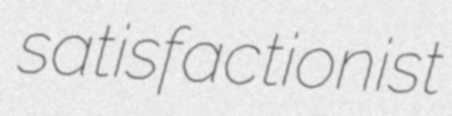
satisfactionist